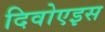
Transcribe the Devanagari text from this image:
दिवोएइस